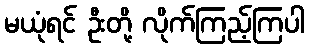
မယုံရင် ဦးတို့ လိုက်ကြည့်ကြပါ